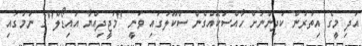
އަދި މީގެ އިތުރުން ކުދިންނަށް ހާއްސަކޮއްގެން ސްކޫލުގައި ވަނީ "މަޖީދިއްޔާ އައިޑޯލް"ގެ ނަމުގައި